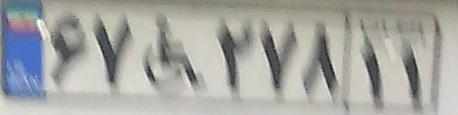
۶۷+۲۷۸۱۱